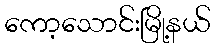
ကော့သောင်းမြို့နယ်